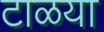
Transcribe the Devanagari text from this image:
टाळया